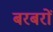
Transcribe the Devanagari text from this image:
बरबरों